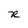
Character: R